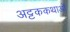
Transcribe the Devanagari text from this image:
अट्टककथाओं